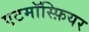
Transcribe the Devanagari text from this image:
एटमॉस्फ़ियर